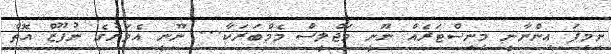
ނިމިފަ އިންނާނީ މިނިސްޓަރެއް ނޫނީ މަޖްލީސް މެމްބަރަކާ... ނޫނީ އެވަރުގެ ނުފޫޒް އޮތް